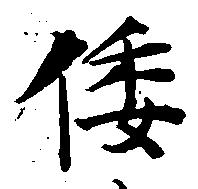
倭